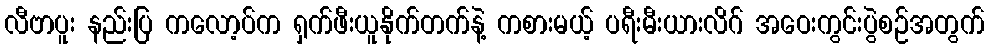
လီဗာပူး နည်းပြ ကလော့ပ်က ရှက်ဖီးယူနိုက်တက်နဲ့ ကစားမယ့် ပရီးမီးယားလိဂ် အဝေးကွင်းပွဲစဉ်အတွက်